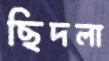
ছিদলা